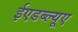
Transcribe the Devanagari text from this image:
ईएडब्ल्यूए